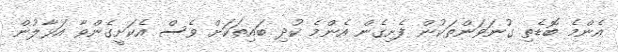
އެންމެ ބޮޑެތި ގުނަވަންތަކުން ފެށިގެން އެންމެ ކުދި ބައިތަކަށް ވެސް އެކަށީގެންވާ އަޅާލުން